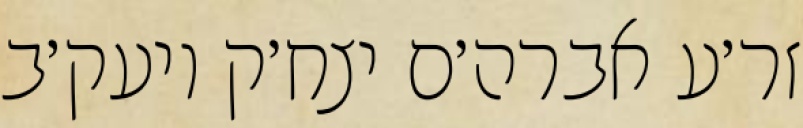
זר׳ע אברה׳ם יצח׳ק ויעק׳ב